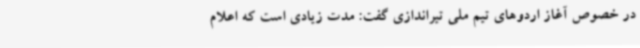
در خصوص آغاز اردوهای تیم ملی تیراندازی گفت: مدت زیادی است که اعلام